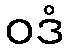
ဝဒံ